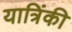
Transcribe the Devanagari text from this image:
यात्रिंकी